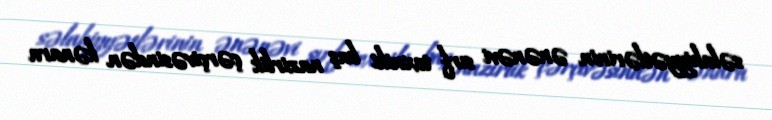
səlahiyyətlərinin ənənəvi sırf texniki baş nazirlik çərçivəsindən kənara